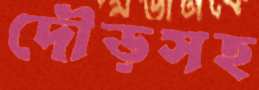
দৌড়সহ